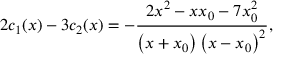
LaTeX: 2 c _ { 1 } ( x ) - 3 c _ { 2 } ( x ) = \allowbreak - \frac { 2 x ^ { 2 } - x x _ { 0 } - 7 x _ { 0 } ^ { 2 } } { \left( x + x _ { 0 } \right) \left( x - x _ { 0 } \right) ^ { 2 } } ,